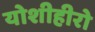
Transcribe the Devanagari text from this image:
योशीहीरो